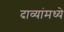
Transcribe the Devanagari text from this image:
दाव्यांमध्ये